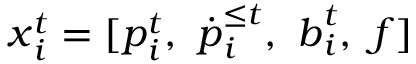
\boldsymbol { x } _ { i } ^ { t } = [ \boldsymbol { p } _ { i } ^ { t } , \ { \boldsymbol { \dot { p } } } _ { i } ^ { \le t } , \ \boldsymbol { b } _ { i } ^ { t } , \ \boldsymbol { f } ]